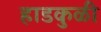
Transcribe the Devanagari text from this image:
हाडकुळी